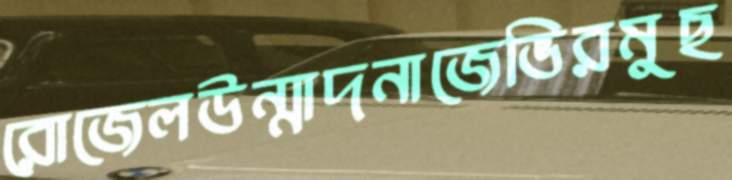
রোজেলউন্মাদনাজেভিরমুছ